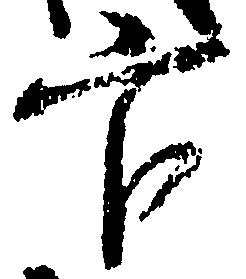
官